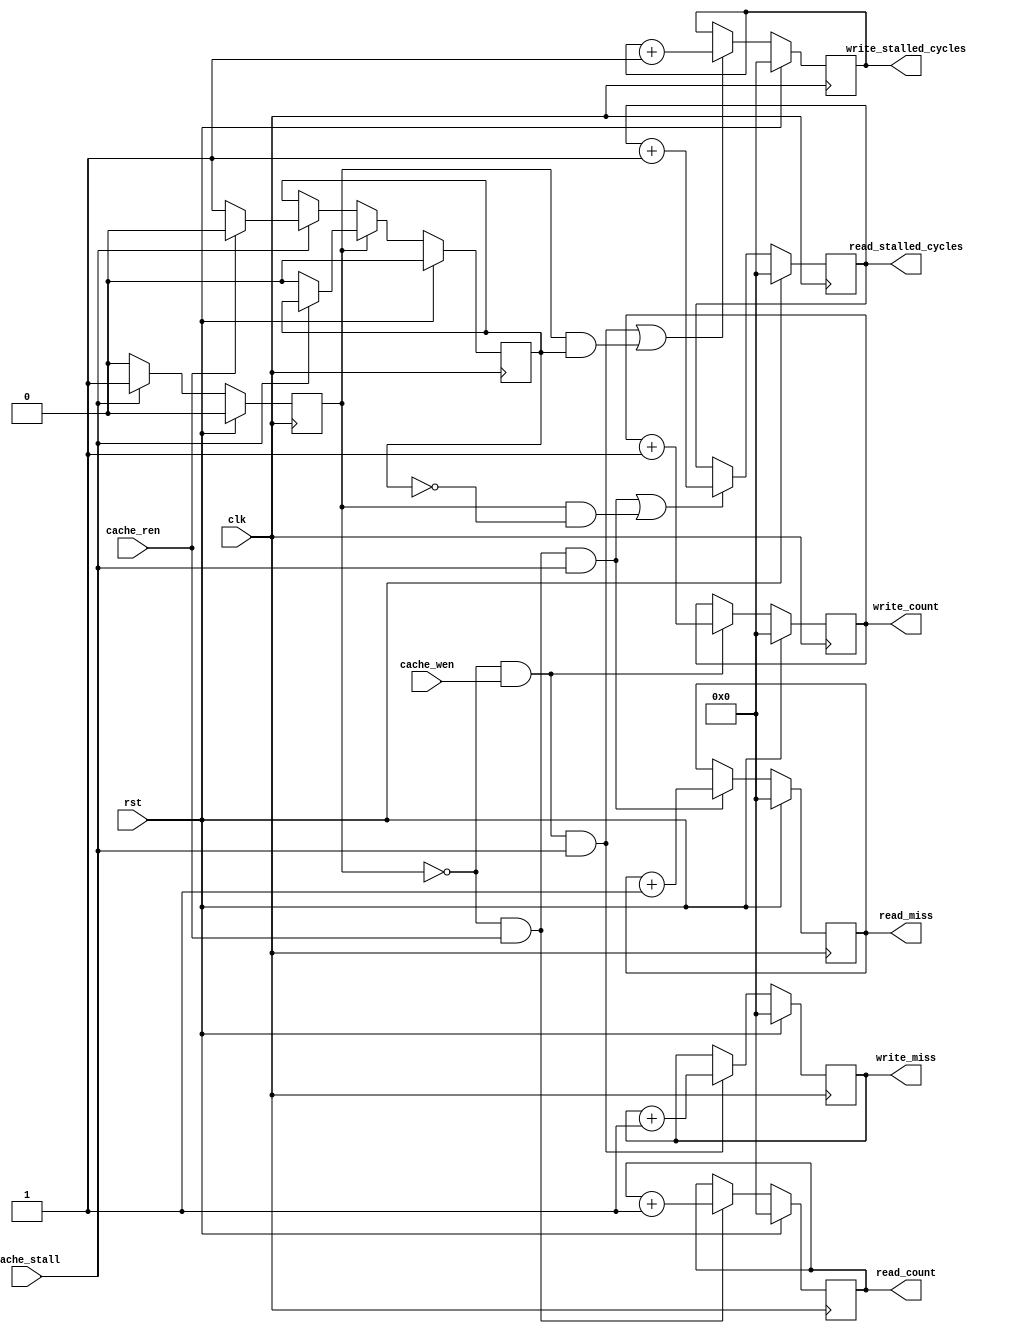
/*
 * Performance Monitoring Unit for both Data and Instruction Cache
 */
module cache_pmu (
    input         clk,
    input         rst,
    input         cache_stall,
    //input  [31:0] cache_addr,
    input         cache_ren,
    input         cache_wen,
    output [31:0] read_count,
    output [31:0] write_count,
    output [31:0] read_miss,
    output [31:0] write_miss,
    output [31:0] read_stalled_cycles,
    output [31:0] write_stalled_cycles
);

    localparam S_IDLE = 0, S_STALL = 1;
    reg state_r, state_w;
    reg [31:0]
        read_count_r,
        write_count_r,
        read_miss_r,
        write_miss_r,
        read_stalled_cycles_r,
        write_stalled_cycles_r;
    reg [31:0]
        read_count_w,
        write_count_w,
        read_miss_w,
        write_miss_w,
        read_stalled_cycles_w,
        write_stalled_cycles_w;


    assign read_count = read_count_r;
    assign write_count = write_count_r;
    assign read_miss = read_miss_r;
    assign write_miss = write_miss_r;
    assign read_stalled_cycles = read_stalled_cycles_r;
    assign write_stalled_cycles = write_stalled_cycles_r;

    reg stall_cause_r, stall_cause_w;  // 0 -> read miss, 1 -> write miss

    always @(*) begin : counter
        read_count_w = (state_r == S_IDLE && cache_ren) ? read_count_r + 1 : read_count_r;
        write_count_w = (state_r == S_IDLE && cache_wen) ? write_count_r + 1 : write_count_r;
        read_miss_w = (state_r == S_IDLE && cache_ren && cache_stall) ? read_miss_r + 1 : read_miss_r;
        write_miss_w = (state_r == S_IDLE && cache_wen && cache_stall) ? write_miss_r + 1 : write_miss_r;
        read_stalled_cycles_w = ((state_r == S_IDLE && cache_ren && cache_stall) || (state_r == S_STALL && stall_cause_r == 0))? 
            read_stalled_cycles_r + 1 : read_stalled_cycles_r;
        write_stalled_cycles_w = ((state_r == S_IDLE && cache_wen && cache_stall) || (state_r == S_STALL && stall_cause_r == 1))?
            write_stalled_cycles_r + 1 : write_stalled_cycles_r;

    end
    always @(*) begin : state_logic
        state_w = state_r;
        stall_cause_w = stall_cause_r;
        if (state_r == S_IDLE) begin
            if (cache_stall) begin
                state_w = S_STALL;
                if (cache_ren) begin
                    stall_cause_w = 0;
                end else begin
                    stall_cause_w = 1;
                end
            end
        end else begin
            if (!cache_stall) begin
                state_w = S_IDLE;
                stall_cause_w = 0;
            end else begin
                state_w = S_STALL;
            end
        end
    end


    always @(posedge clk) begin
        if (rst) begin
            state_r <= 0;
            read_count_r <= 0;
            write_count_r <= 0;
            read_miss_r <= 0;
            write_miss_r <= 0;
            read_stalled_cycles_r <= 0;
            write_stalled_cycles_r <= 0;
            stall_cause_r <= 0;
        end else begin
            state_r <= state_w;
            read_count_r <= read_count_w;
            write_count_r <= write_count_w;
            read_miss_r <= read_miss_w;
            write_miss_r <= write_miss_w;
            read_stalled_cycles_r <= read_stalled_cycles_w;
            write_stalled_cycles_r <= write_stalled_cycles_w;
            stall_cause_r <= stall_cause_w;
        end
    end


endmodule